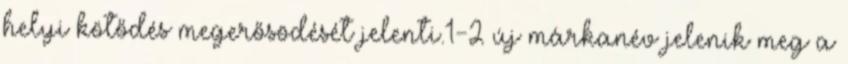
helyi kötődés megerősödését jelenti.1-2 új márkanév jelenik meg a